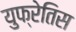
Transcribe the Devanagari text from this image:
युफ्रेतिस